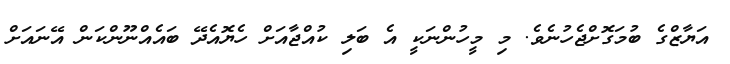
އަޔާޒްގެ ބުމަގޮށްޖެހުނެވެ. މި މީހުންނަކީ އެ ބަލި ކުއްޖާއަށް ހެޔޮއެދޭ ބައެއްނޫންކަން އޭނައަށް